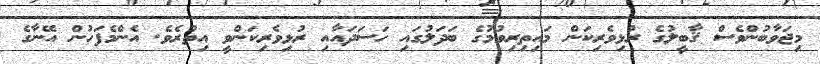
މިޖަވާބުންވެސް ޤާބީލުގެ ރުޅިވެރިކަން މައިތިރިވުމުގެ ބަދަލުގައި ހަސަދައާއި ރުޅިވެރިކަންވީ އިތުރެވެ. އެންމެފަހުން އޭނާގެ